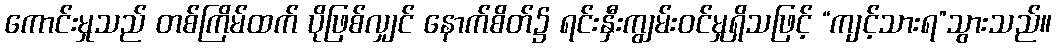
ကောင်းမှုသည် တစ်ကြိမ်ထက် ပိုဖြစ်လျှင် နောက်စိတ်၌ ရင်းနှီးကျွမ်းဝင်မှုရှိသဖြင့် “ကျင့်သားရ”သွားသည်။